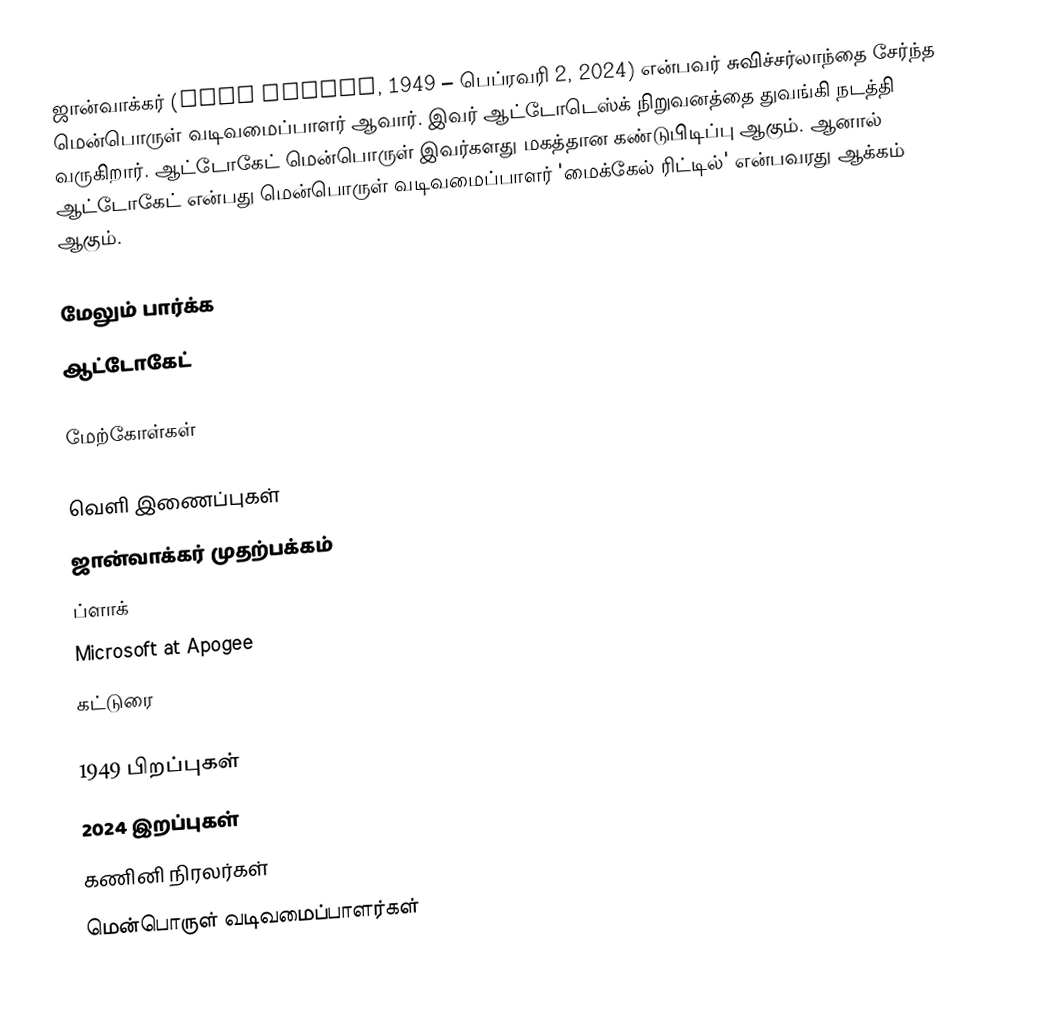
ஜான்வாக்கர் (John Walker, 1949 – பெப்ரவரி 2, 2024) என்பவர் சுவிச்சர்லாந்தை சேர்ந்த மென்பொருள் வடிவமைப்பாளர் ஆவார். இவர் ஆட்டோடெஸ்க் நிறுவனத்தை துவங்கி நடத்தி வருகிறார். ஆட்டோகேட் மென்பொருள் இவர்களது மகத்தான கண்டுபிடிப்பு ஆகும். ஆனால் ஆட்டோகேட் என்பது மென்பொருள் வடிவமைப்பாளர் 'மைக்கேல் ரிட்டில்' என்பவரது ஆக்கம் ஆகும்.

மேலும் பார்க்க
ஆட்டோகேட்

மேற்கோள்கள்

வெளி இணைப்புகள்
ஜான்வாக்கர் முதற்பக்கம்
ப்ளாக்
Microsoft at Apogee
கட்டுரை

1949 பிறப்புகள்
2024 இறப்புகள்
கணினி நிரலர்கள்
மென்பொருள் வடிவமைப்பாளர்கள்